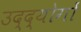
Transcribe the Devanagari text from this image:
उद्द्योगों